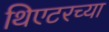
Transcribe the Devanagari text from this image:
थिएटरच्या